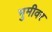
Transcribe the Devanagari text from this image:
भुमीवर